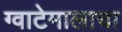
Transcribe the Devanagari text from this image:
ग्वाटेमालाचा